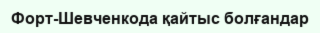
Форт-Шевченкода қайтыс болғандар